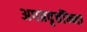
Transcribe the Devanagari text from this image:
अपप्रवृत्तींन्ना